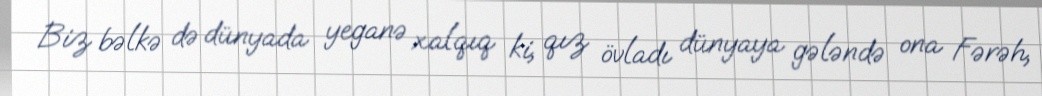
Biz bəlkə də dünyada yeganə xalqıq ki, qız övladı dünyaya gələndə ona Fərəh,